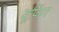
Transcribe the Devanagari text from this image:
वूफिंग